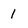
Character: 1